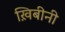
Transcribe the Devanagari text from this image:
ख़िबीनी